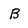
Character: B